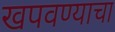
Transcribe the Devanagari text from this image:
खपवण्याचा